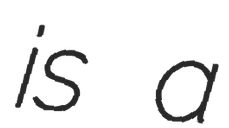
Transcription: is a